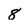
Character: 8